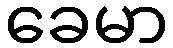
ခေမာ